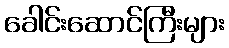
ခေါင်းဆောင်ကြီးများ